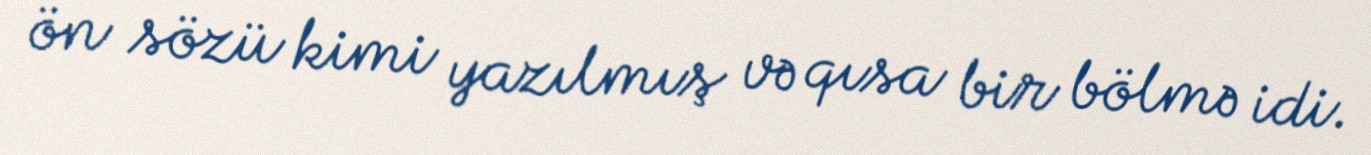
ön sözü kimi yazılmış və qısa bir bölmə idi.